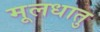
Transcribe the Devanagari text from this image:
मूलधातु